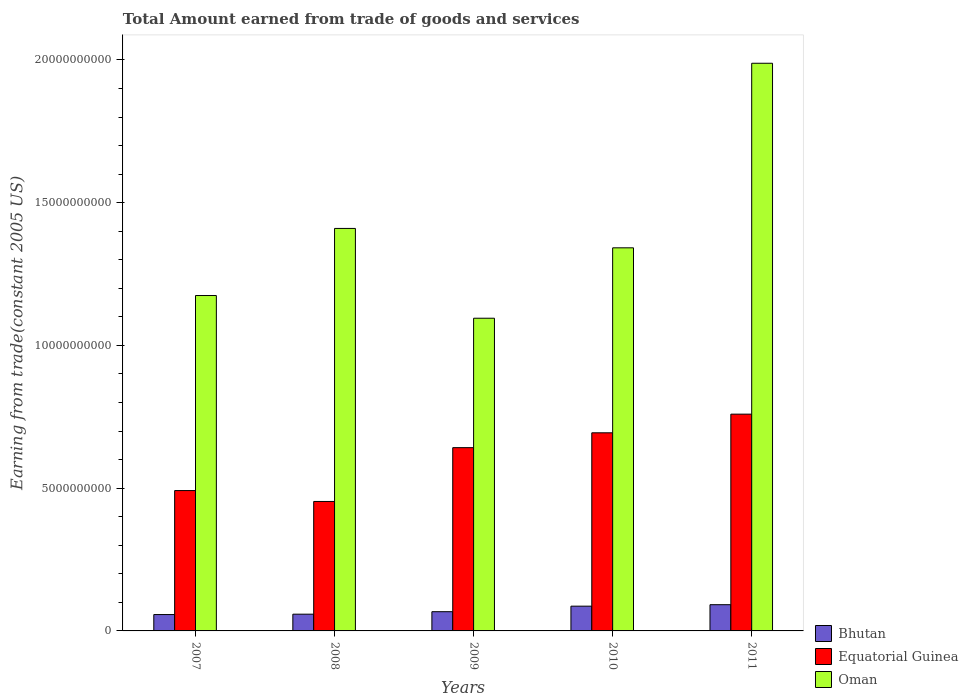
| Years | Bhutan | Equatorial Guinea | Oman |
 | --- | --- | --- | --- |
 | 2007 | 5.73e+08 | 4.92e+09 | 1.17e+10 |
 | 2008 | 5.86e+08 | 4.53e+09 | 1.41e+10 |
 | 2009 | 6.73e+08 | 6.42e+09 | 1.1e+10 |
 | 2010 | 8.67e+08 | 6.94e+09 | 1.34e+10 |
 | 2011 | 9.19e+08 | 7.59e+09 | 1.99e+10 |